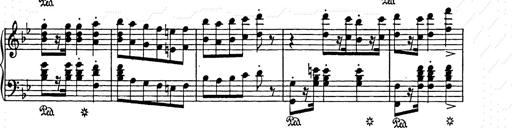
Title: Weihnachtsbaum
Composer: Franz Liszt